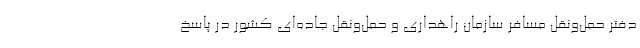
دفتر حمل‌ونقل مسافر سازمان راهداری و حمل‌ونقل جاده‌ای کشور در پاسخ